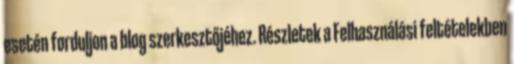
esetén forduljon a blog szerkesztőjéhez. Részletek a Felhasználási feltételekben